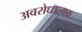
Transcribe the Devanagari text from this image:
अवरोधात्मक